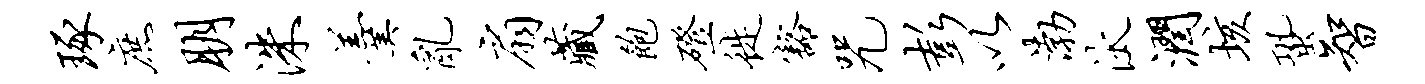
琢庶朋洙羹乱扇藏饱磴徙豁咒彭以渤汰润垓蛩智